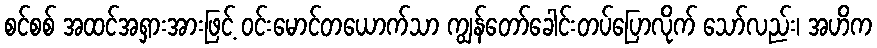
စင်စစ် အထင်အရှားအားဖြင့် ဝင်းမောင်တယောက်သာ ကျွန်တော်ခေါင်းတပ်ပြောလိုက် သော်လည်း၊ အဟိက